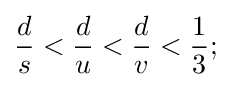
{\frac {d}{s}}<{\frac {d}{u}}<{\frac {d}{v}}<{\frac {1}{3}};